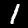
Digit: 1